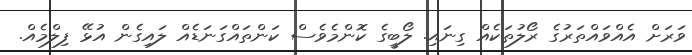
ވަރަށް އެއްވައްތަރުގެ ރޯލުތަކެއް ގިނައި. ލޯބީގެ ކޮންމެވެސް ކަންތައްގަނަޑެއް ލައިގެން އުޅޭ ފިލްމެއް.